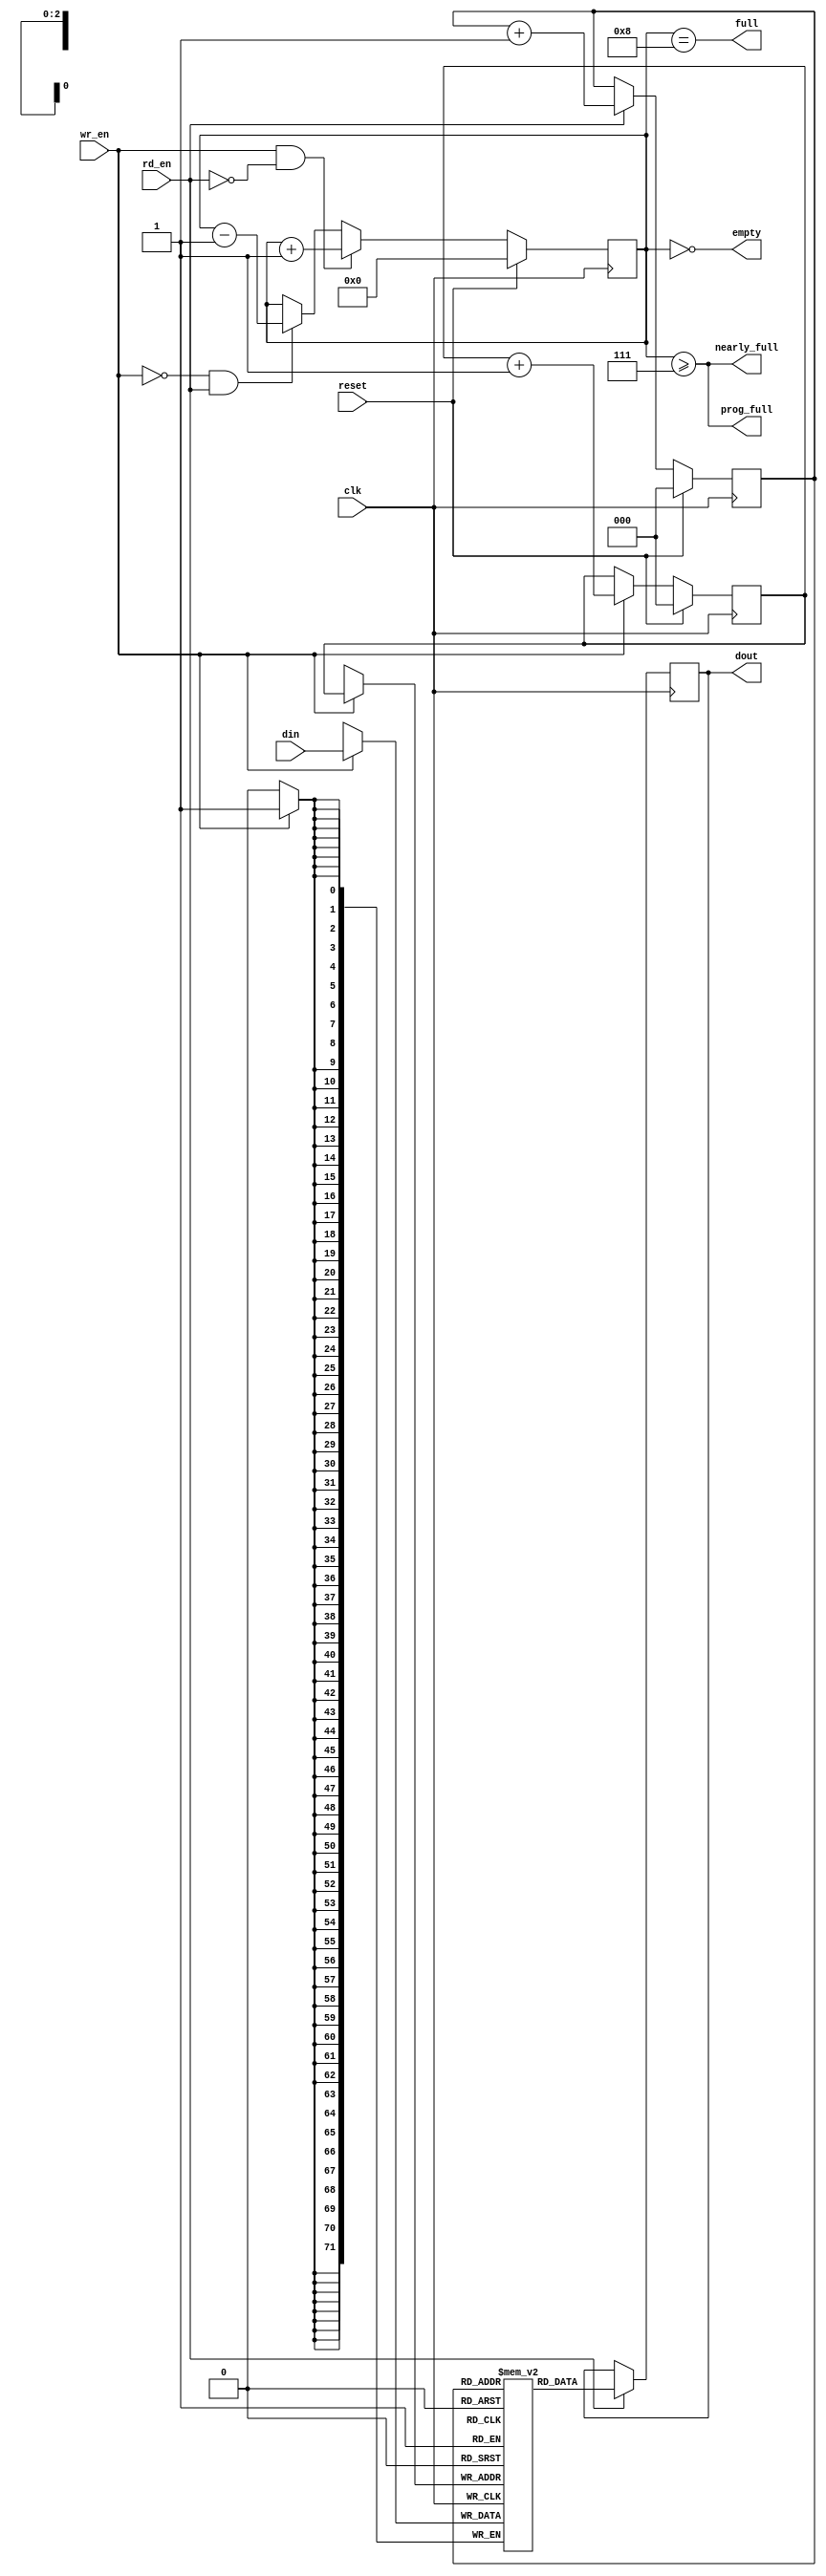
// ============================================================================
// Copyright (c) 2010  
// ============================================================================
//
// Permission:
//
//   
//
// Disclaimer:
//
//   This VHDL/Verilog or C/C++ source code is intended as a design reference
//   which illustrates how these types of functions can be implemented.
//   It is the user's responsibility to verify their design for
//   consistency and functionality through the use of formal
//   verification methods.  
// ============================================================================
//           
//                     ReConfigurable Computing Group
//
//                     web: http://www.ecs.umass.edu/ece/tessier/rcg/
//                    
//
// ============================================================================
// Major Functions/Design Description:
//
//   
//
// ============================================================================
// Revision History:
// ============================================================================
//   Ver.: |Author:   |Mod. Date:    |Changes Made:
//   V1.0  |RCG       |05/10/2011    |
// ============================================================================

//include "NF_2.1_defines.v"
//include "reg_defines_reference_router.v"

`timescale 1ns/1ps

  module small_fifo
    #(parameter WIDTH = 72,
      parameter MAX_DEPTH_BITS = 3,
      parameter PROG_FULL_THRESHOLD = 2**MAX_DEPTH_BITS - 1
      )
    (
		   
     input [WIDTH-1:0] din,     // Data in
     input          wr_en,   // Write enable
     
     input          rd_en,   // Read the next word 
     
     output reg [WIDTH-1:0]  dout,    // Data out
     output         full,
     output         nearly_full,
     output         prog_full,
     output         empty,
     
     input          reset,
     input          clk
     );


localparam MAX_DEPTH        = 2 ** MAX_DEPTH_BITS;
   
reg [WIDTH-1:0] queue [MAX_DEPTH - 1 : 0];
reg [MAX_DEPTH_BITS - 1 : 0] rd_ptr;
reg [MAX_DEPTH_BITS - 1 : 0] wr_ptr;
reg [MAX_DEPTH_BITS : 0] depth;

// Sample the data
always @(posedge clk)
begin
   if (wr_en) 
      queue[wr_ptr] <= din;
   if (rd_en)
      dout <= 
	      // synthesis translate_off
	      #1
	      // synthesis translate_on
	      queue[rd_ptr];
end

always @(posedge clk)
begin
   if (reset) begin
      rd_ptr <= 'h0;
      wr_ptr <= 'h0;
      depth  <= 'h0;
   end
   else begin
      if (wr_en) wr_ptr <= wr_ptr + 'h1;
      if (rd_en) rd_ptr <= rd_ptr + 'h1;
      if (wr_en & ~rd_en) depth <= 
				   // synthesis translate_off
				   #1
				   // synthesis translate_on
				   depth + 'h1;
      else if (~wr_en & rd_en) depth <= 
				   // synthesis translate_off
				   #1
				   // synthesis translate_on
				   depth - 'h1;
   end
end

//assign dout = queue[rd_ptr];
assign full = depth == MAX_DEPTH;
assign prog_full = (depth >= PROG_FULL_THRESHOLD);
assign nearly_full = depth >= MAX_DEPTH-1;
assign empty = depth == 'h0;

// synthesis translate_off
always @(posedge clk)
begin
   if (wr_en && depth == MAX_DEPTH && !rd_en)
      $display($time, " ERROR: Attempt to write to full FIFO: %m");
   if (rd_en && depth == 'h0)
      $display($time, " ERROR: Attempt to read an empty FIFO: %m");
end
// synthesis translate_on

endmodule // small_fifo


/* vim:set shiftwidth=3 softtabstop=3 expandtab: */